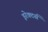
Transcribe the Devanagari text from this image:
इरेक्टर्स